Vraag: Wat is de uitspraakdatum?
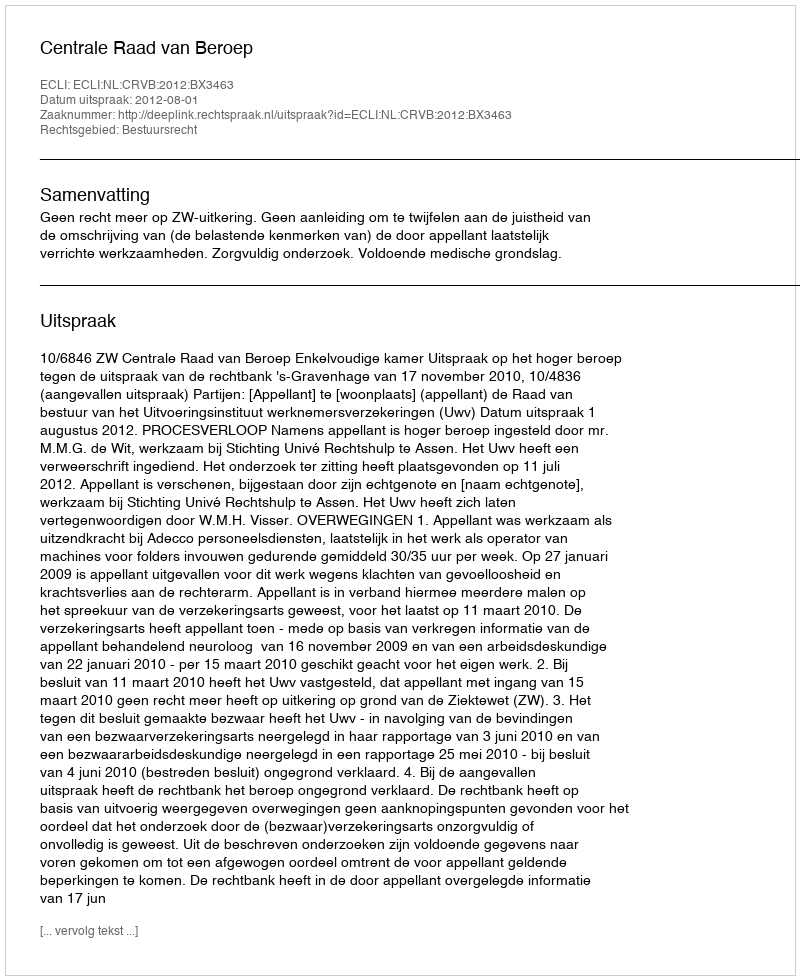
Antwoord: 2012-08-01